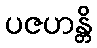
ပဇဟန္တိ